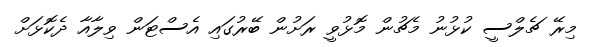
މިރޭ ޗެލްސީ ކުޅުނު މެޗުން މޮޅުވީ ރަށުން ބޭރުގައި އެސްޓަން ވިލާއާ ދެކޮޅަށް